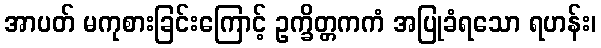
အာပတ် မကုစားခြင်းကြောင့် ဥက္ခိတ္တကကံ အပြုခံရသော ရဟန်း၊